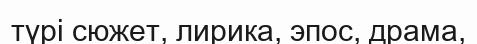
түрі сюжет, лирика, эпос, драма,